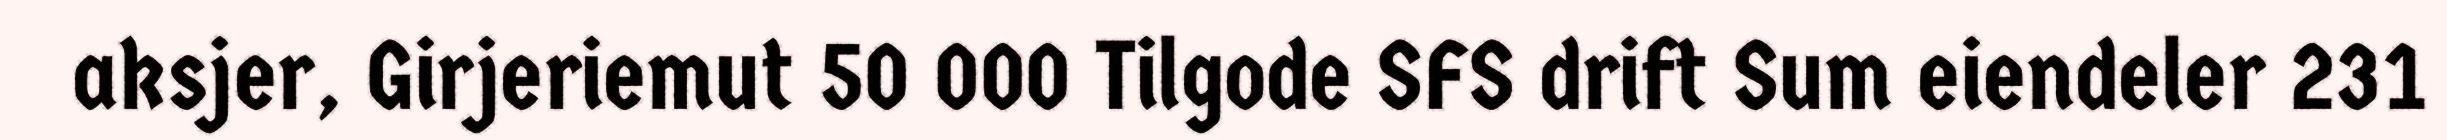
aksjer, Girjeriemut 50 000 Tilgode SFS drift Sum eiendeler 231